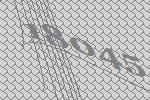
18045